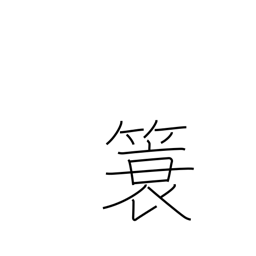
Meaning: a coat raincoat